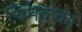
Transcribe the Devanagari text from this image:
थिमक्का